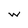
Character: w